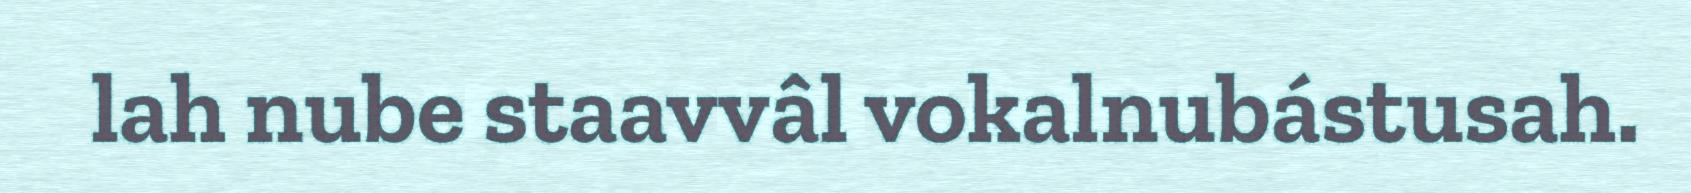
lah nube staavvâl vokalnubástusah.